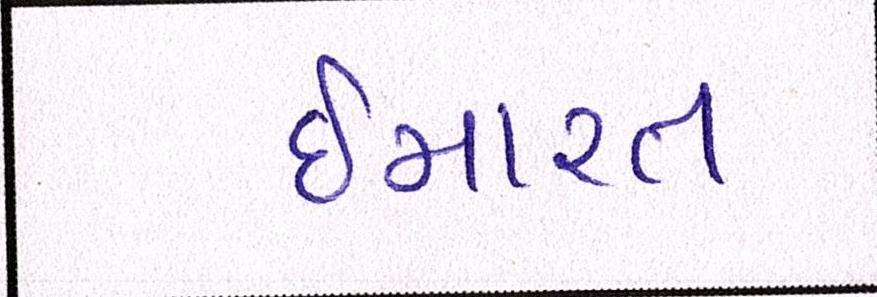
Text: ઈમારત